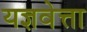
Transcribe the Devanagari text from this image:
यज्ञवेत्ता